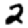
Digit: 2